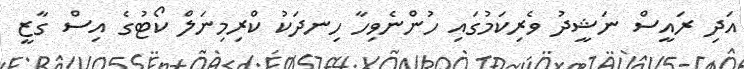
އަދި ރައީސް ނަޝީދު ވެރިކަމުގައި ހުންނެވިހާ ހިނދަކު ކްރިމިނަލް ކޯޓުގެ އިސް ގާޒީ